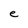
Character: e